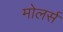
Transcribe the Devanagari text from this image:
मोलर्स